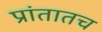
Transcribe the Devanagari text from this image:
प्रांतातच